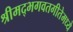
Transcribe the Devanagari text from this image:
श्रीमद्भगवतगीतेमध्ये